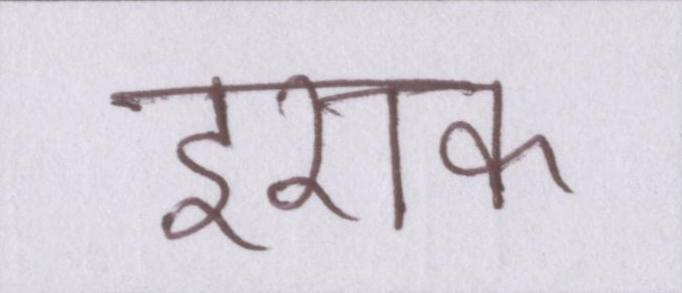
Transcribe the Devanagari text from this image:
इराक